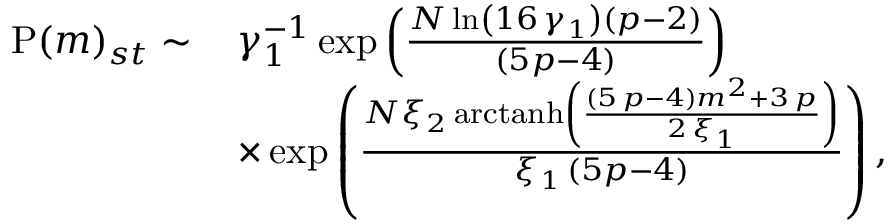
\begin{array} { r l } { \mathrm { P } ( m ) _ { s t } \sim \, } & { \gamma _ { 1 } ^ { - 1 } \exp \left( { \frac { N \ln \left( 1 6 \, \gamma _ { 1 } \right) \left( p - 2 \right) } { \left( 5 p - 4 \right) } } \right) } \\ & { \times \exp \left( { \frac { N \xi _ { 2 } \, \mathrm { a r c t a n h } \left( \frac { \left( 5 \, p - 4 \right) m ^ { 2 } + 3 \, p } { 2 \, \xi _ { 1 } } \right) } { \xi _ { 1 } \, \left( 5 p - 4 \right) } } \right) , } \end{array}